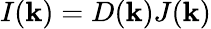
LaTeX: I(\mathbf{k})=D(\mathbf{k})J(\mathbf{k})